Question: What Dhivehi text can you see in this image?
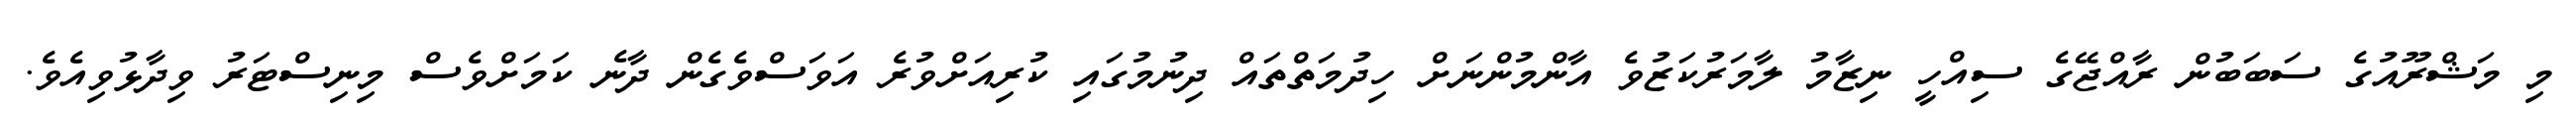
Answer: މި މަޝްރޫއުގެ ސަބަބުން ރާއްޖޭގެ ސިއްހީ ނިޒާމު ލާމަރުކަޒުވެ އާންމުންނަށް ހިދުމަތްތައް ދިނުމުގައި ކުރިއަށްވުރެ އަވަސްވެގެން ދާނެ ކަމަށްވެސް މިނިސްޓަރު ވިދާޅުވިއެވެ.